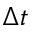
\Delta t